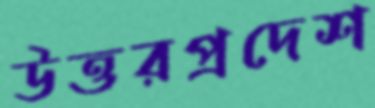
উত্তরপ্রদেশ